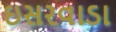
ઇસરવાડા